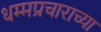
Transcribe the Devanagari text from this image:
धम्मप्रचाराच्या